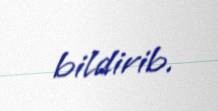
bildirib.